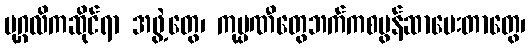
ပုဂ္ဂလိကဆိုင်ရာ အဖွဲ့တွေ၊ ကုမ္ပဏီတွေဘက်ကစပွန်ဆာပေးတာတွေ၊